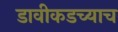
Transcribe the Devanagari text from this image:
डावीकडच्याच